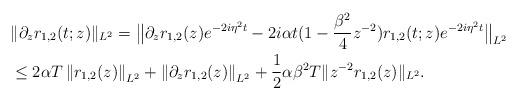
LaTeX: \begin{align*}& \|\partial_{z} r_{1,2}(t;z) \|_{L^2} = \big\| \partial_{z} r_{1,2}( z)e^{-2i\eta^2 t} - 2i\alpha t (1 -\frac{\beta^2}{4}z^{-2}) r_{1,2}(t;z) e^{-2i\eta^2 t}\big\|_{L^2} \\&\leq 2\alpha T \left\| r_{1,2}( z)\right\|_{L^2}+\left\|\partial_{z} r_{1,2}( z)\right\|_{L^2} + \frac{1}{2} \alpha\beta^2 T \| z^{-2} r_{1,2}( z) \|_{L^2}.\end{align*}